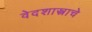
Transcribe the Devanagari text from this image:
वेदशास्त्राचे